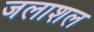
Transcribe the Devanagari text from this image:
जलाशल